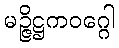
မဉ္ဇိဋ္ဌကဝဂ္ဂေါ